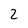
Character: 2